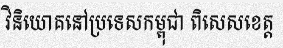
វិនិយោគនៅប្រទេសកម្ពុជា ពិសេសខេត្ត